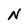
Character: N